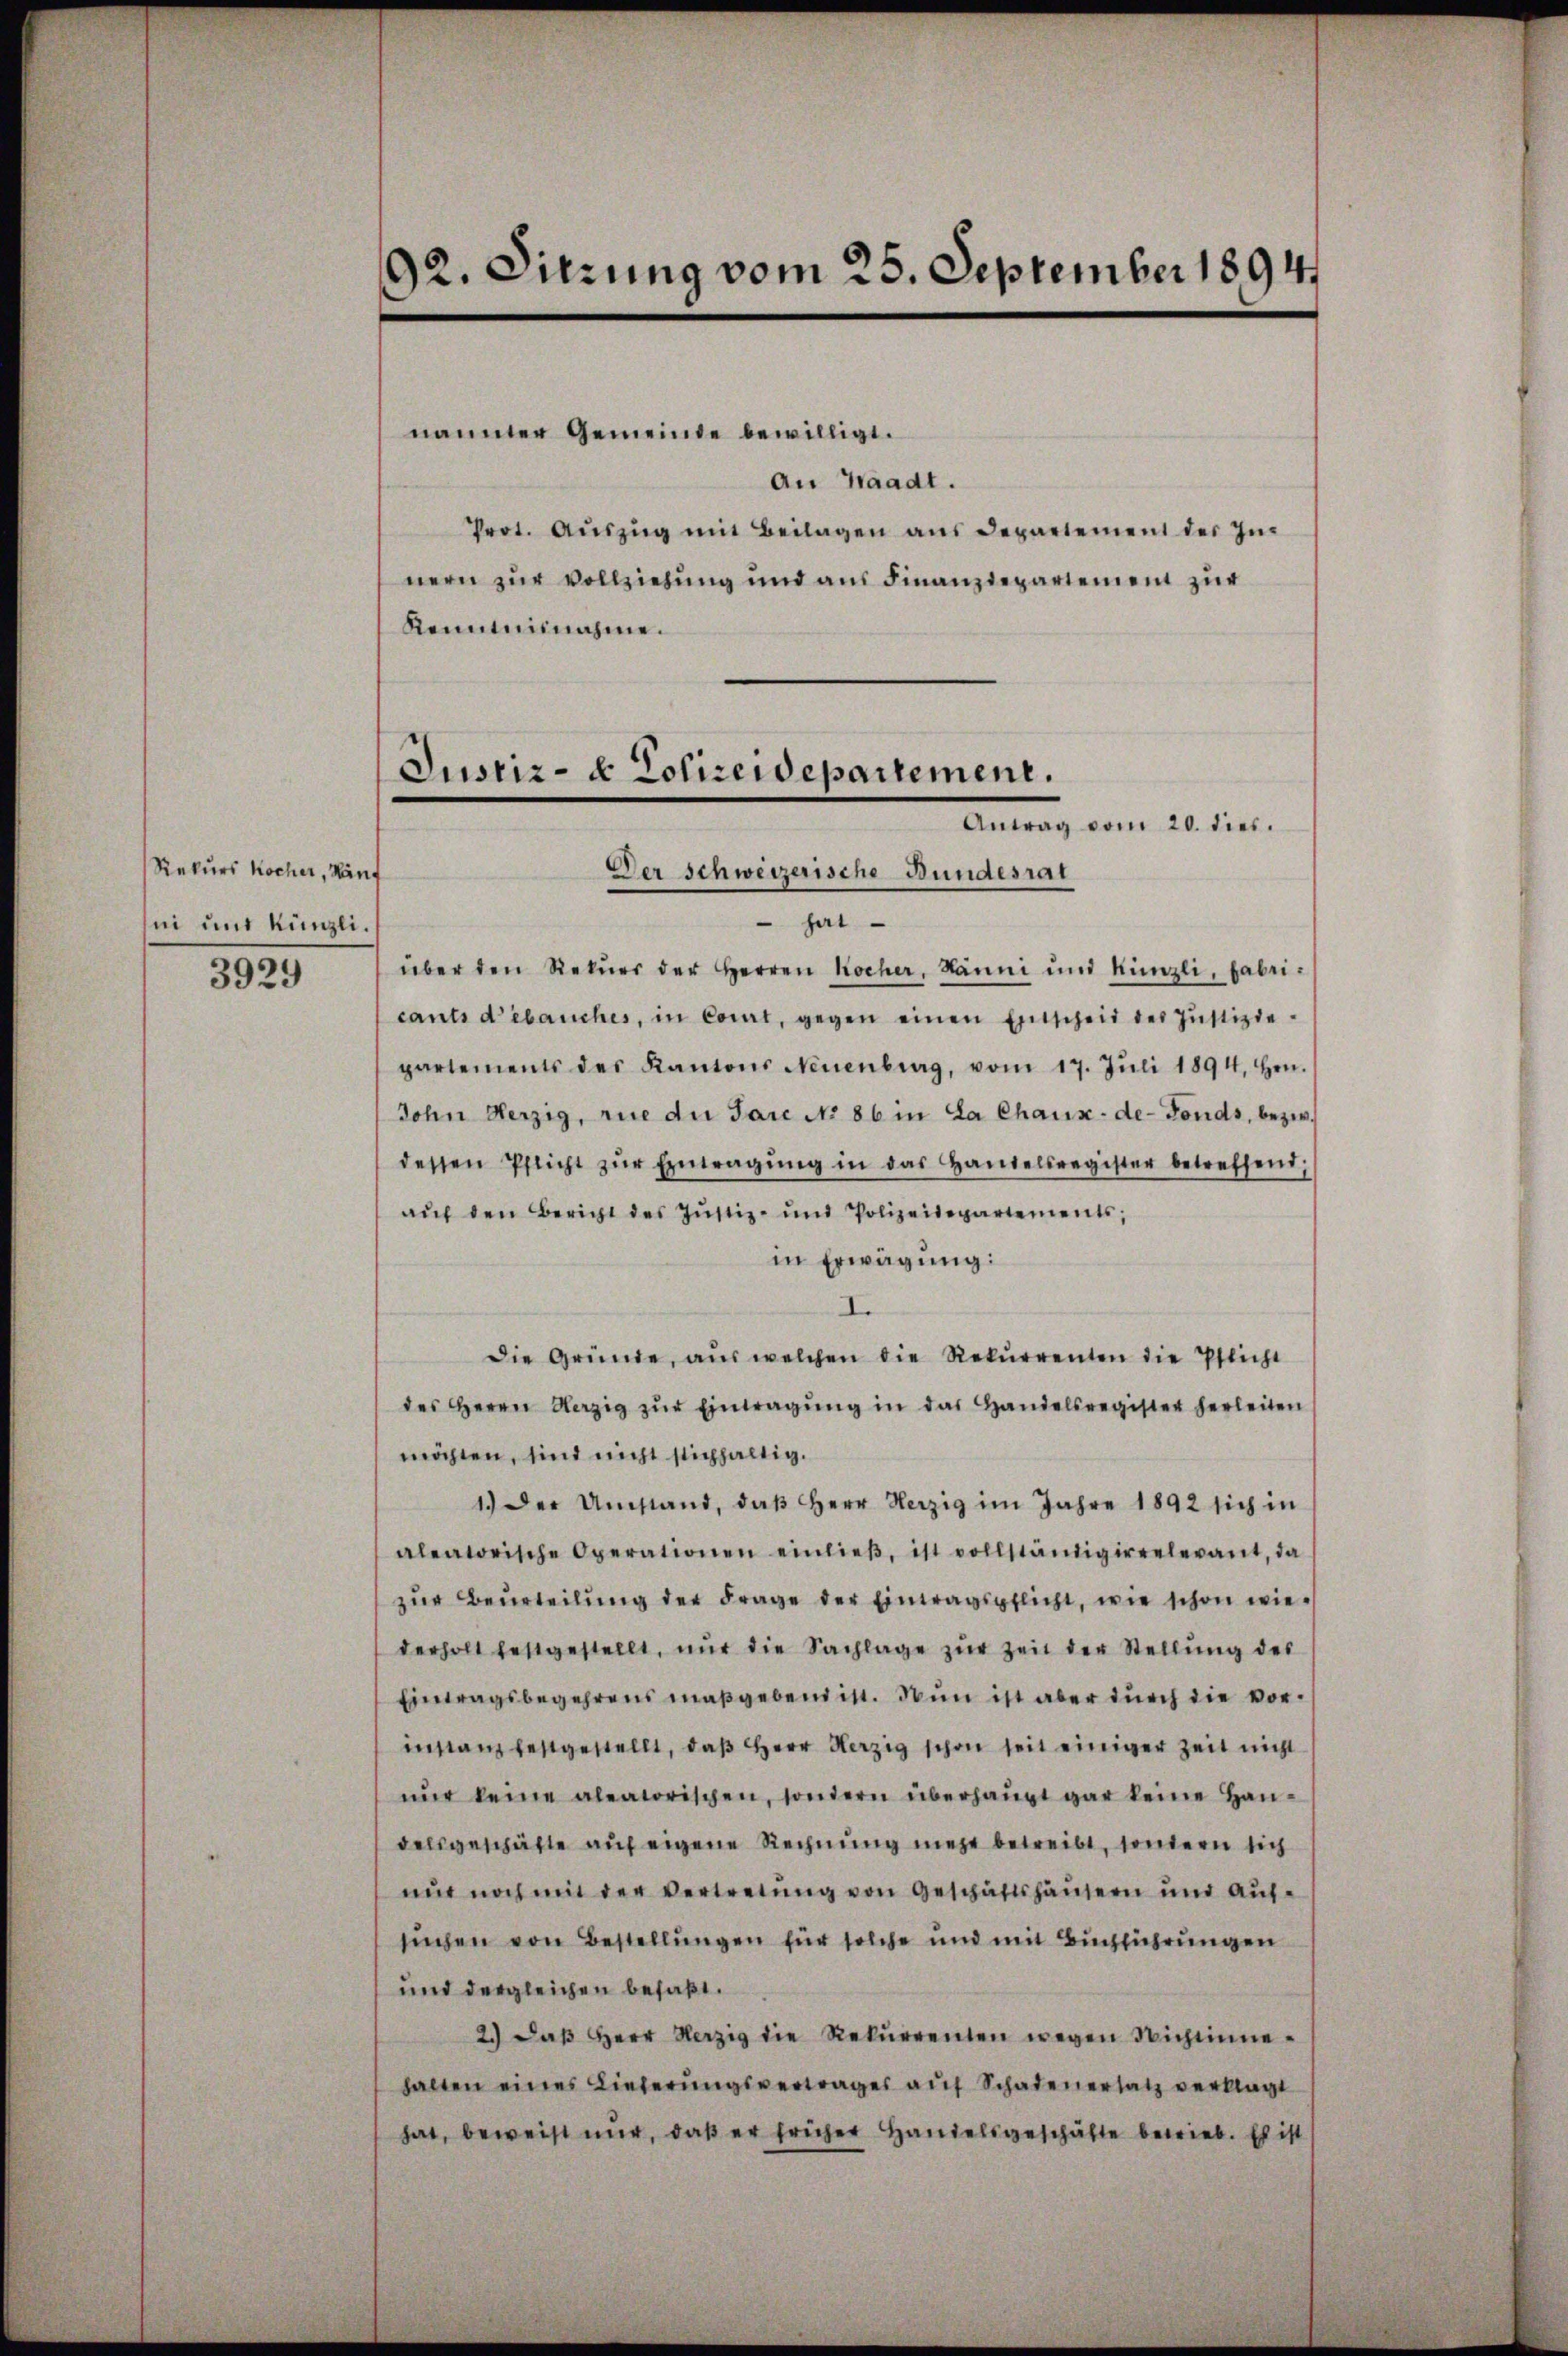
Rekurs Kocher, Häuf
ni und Künzli¬
3929

92. Sitzung vom 25. September 1894.

nannter Gemeinde bewilligt.
An Waadt.
Prot. Aŭszŭg mit Beilagen aus Departement der Innern zur Vollziehung und aus Finanzdepartement zur
Kenntnisnahme.
fert
über den Rekŭrr der Herren Kocher, Hänni und Künzli, dabeicants d’ébauches, in Court, gegen einen Entscheid des Jŭstiziepartements des Kantons Neuenburg, vom 17. Jŭli 1894. Hrn.
Dohn Herzig, wie du Pare No 86 in La Chaux-de-Fonds, bezw.
dessen Pflicht zŭr Eintragŭng in das Handelsregister betreffend,
aŭf den Bericht des Justiz- und Polizeidepartements,
in Erwägung:
I.
Die Gründe, aus welchen die Rekŭrrenten die Pflicht
des Herrn Verzig zŭr Eintragŭng in das Handelsregister herleiten
möchten, sind nicht stichhaltig.
1.) Der Umstand, daβ Herr Herzig im Jahre 1892 sich in
aleatorische Operationen einlieβ, ist vollständigirrelevant, da
zŭr Beurteilŭng der Frage der Eintragspflicht, wie schon wiederholt festgestellt, nŭr die Sachlage zŭr Zeit der Stellŭng des
Eintragsbegehrens maßgebend ist. Dann ist aber durch die vorinstanz festgestellt, daβ Herr Herzig schon seit einiger Zeit nicht
nŭr keine aleatorischen, sondern überhaŭpt gar keine Handelsgeschäfte auf eigene Rechnung mehr betreibt, sondern sich
nŭr noch mit der Vertretŭng von Geschäftshäusern und Auf-
suchen von Bestellungen für solche und mit Buchführungen
und dergleichen befaßt.
2.) daβ Herr Herzig die Rekŭrrenten wegen Wichtinnehalten eines Lieferŭngsvertrages aŭf Schadenersatz verklagt
hat, beweist mir, daß er früher Handelsgeschäfte betrieb. Es ist

Justiz- & Polizeidepartement.
Antrag vom 20. dies.
Der Schweizerische Bundesrat